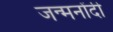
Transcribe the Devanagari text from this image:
जन्मनोंदी